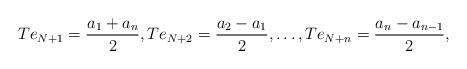
LaTeX: \begin{align*}Te_{N+1}=\frac{a_1+a_n}{2},Te_{N+2}=\frac{a_2-a_1}{2},\dotsc,Te_{N+n}=\frac{a_n-a_{n-1}}{2},\end{align*}